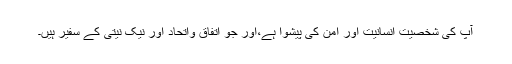
آپ کی شخصیت انسانیت اور امن کی پیشوا ہے،اور جو اتفاق واتحاد اور نیک نیتی کے سفیر ہیں۔